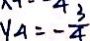
y _ { 4 } = - \frac { 3 } { 4 }